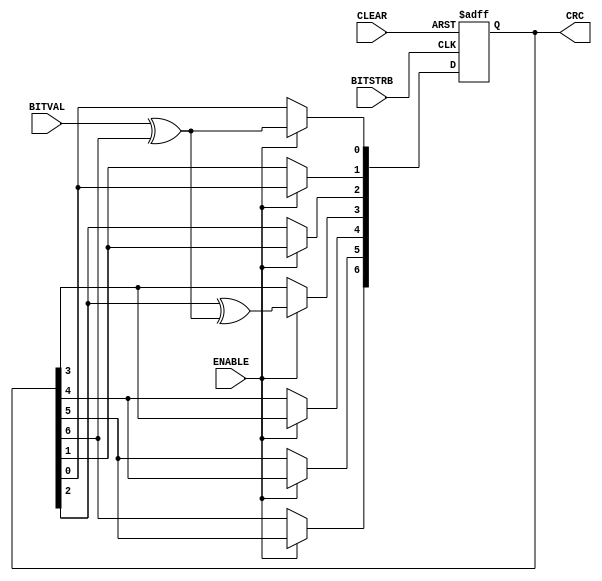
module sd_crc_7(BITVAL, ENABLE, BITSTRB, CLEAR, CRC);
   input        BITVAL;                            
   input        ENABLE;                            
   input        BITSTRB;                           
   input        CLEAR;                             
   output [6:0] CRC;                               
   reg    [6:0] CRC;                               
   wire         inv;
   assign inv = BITVAL ^ CRC[6];                   
   always @(posedge BITSTRB or posedge CLEAR) begin
      if (CLEAR) begin
         CRC <= 0;                                  
         end
      else begin
         if (ENABLE == 1) begin
             CRC[6] <= CRC[5];
             CRC[5] <= CRC[4];
             CRC[4] <= CRC[3];
             CRC[3] <= CRC[2] ^ inv;
             CRC[2] <= CRC[1];
             CRC[1] <= CRC[0];
             CRC[0] <= inv;
             end
         end
      end
endmodule